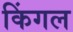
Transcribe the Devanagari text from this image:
किंगल